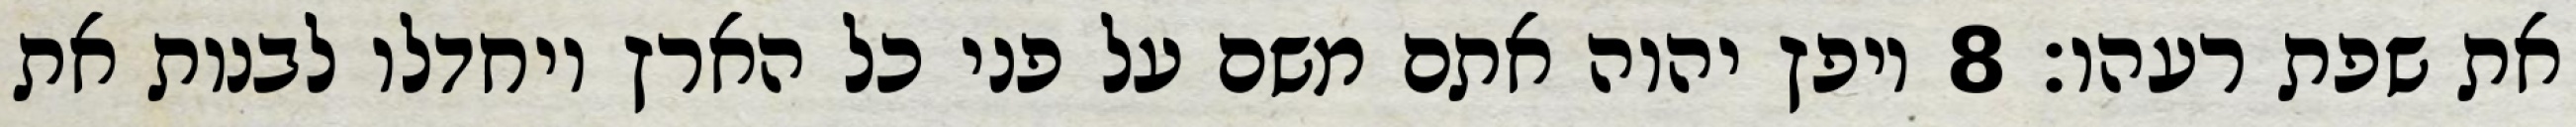
את שפת רעהו׃ ‎8‏ ויפץ יהוה אתם משם על פני כל הארץ ויחדלו לבנות את